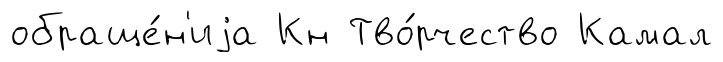
обраще́н'иjа Кн Тво́рчество Камал